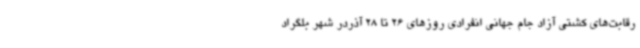
رقابت‌های کشتی آزاد جام جهانی انفرادی روزهای 26 تا 28 آذردر شهر بلگراد